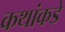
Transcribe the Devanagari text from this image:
कथांकडे